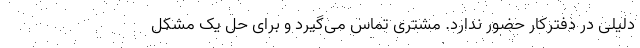
دلیلی در دفترکار حضور ندارد. مشتری تماس می‌گیرد و برای حل یک مشکل